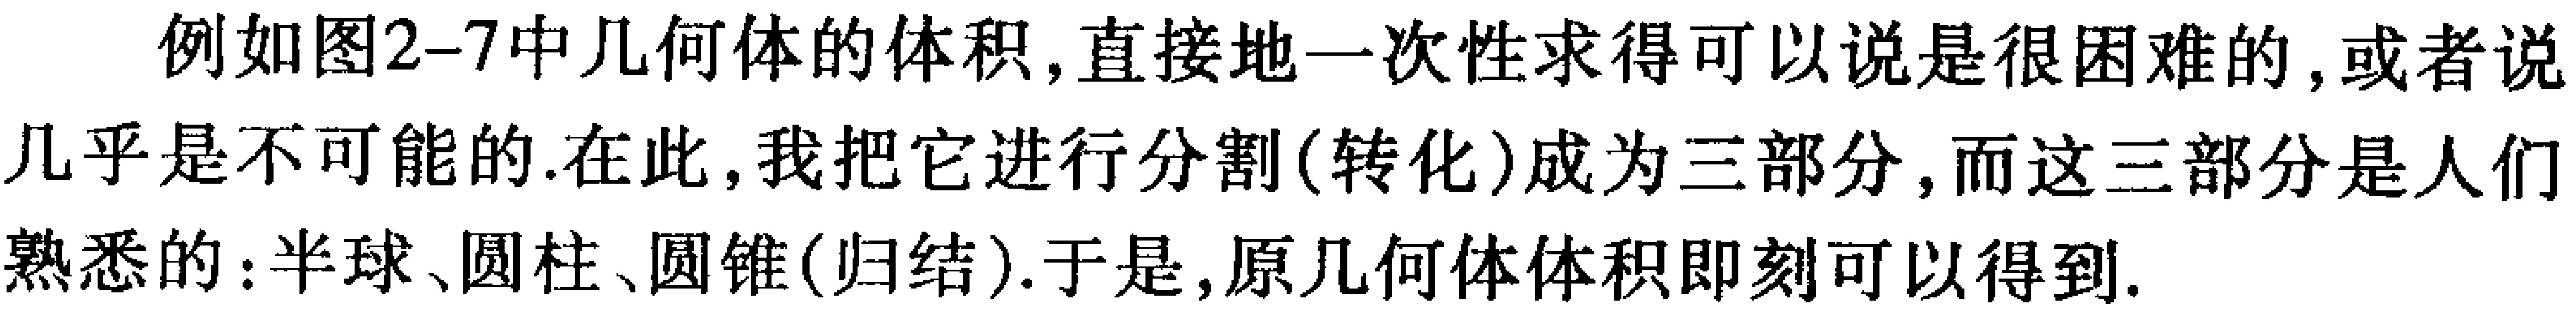
例如图2-7中几何体的体积,直接地一次性求得可以说是很困难的,或者说几乎是不可能的.在此,我把它进行分割(转化)成为三部分,而这三部分是人们熟悉的:半球、圆柱、圆锥(归结).于是,原几何体体积即刻可以得到.